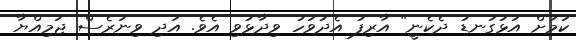
ކަމަށް އަޅުގަނޑު ދެކެނީ" އާރިފު އެދުވަހު ވިދާޅުވި އެވެ. އަދި ވިނަރެސް ޖަމިއްޔާ